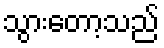
သွားတော့သည်